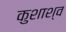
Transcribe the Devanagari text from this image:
कुशाश्व